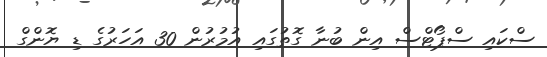
ސްކައި ސްޕޯޓްސް އިން ބުނާ ގޮތުގައި އުމުރުން 30 އަހަރުގެ ޑި ޔޮންގް